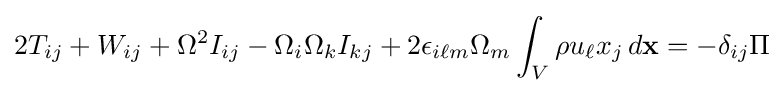
2T_{ij}+W_{ij}+\Omega ^{2}I_{ij}-\Omega _{i}\Omega _{k}I_{kj}+2\epsilon _{i\ell m}\Omega _{m}\int _{V}\rho u_{\ell }x_{j}\,d\mathbf {x} =-\delta _{ij}\Pi